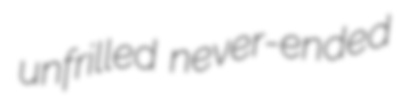
unfrilled never-ended